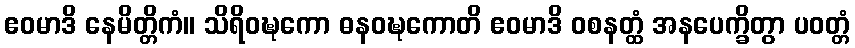
ဧဝမာဒိ နေမိတ္တိကံ။ သိရိဝဍ္ဎကော ဓနဝဍ္ဎကောတိ ဧဝမာဒိ ဝစနတ္ထံ အနပေက္ခိတွာ ပဝတ္တံ